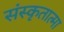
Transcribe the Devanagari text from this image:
संस्कृतात्मा